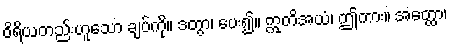
ဝိရိယတည်းဟူသော ချပ်ကို။ ဒတွာ၊ ပေး၍။ ဣတိအယံ၊ ဤကား။ အတ္ထော၊